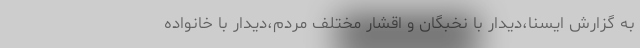
به گزارش ایسنا،دیدار با نخبگان و اقشار مختلف مردم،دیدار با خانواده